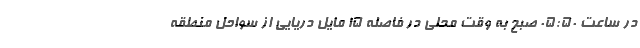
در ساعت ۰۵:۵۰ صبح به وقت محلی در فاصله ۱۵ مایل دریایی از سواحل منطقه